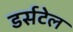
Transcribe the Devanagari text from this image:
डर्सटेल